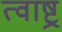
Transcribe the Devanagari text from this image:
त्वाष्ट्र